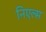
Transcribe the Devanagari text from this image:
निएल्स